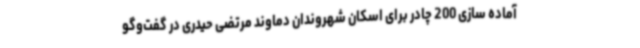
آماده سازی 200 چادر برای اسکان شهروندان دماوند مرتضی حیدری در گفت‌وگو